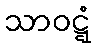
သာဝဋ္ဋံ